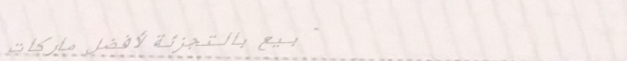
بيع بالتجزئة لأفضل ماركات